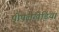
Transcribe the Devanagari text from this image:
पीपलखेडि़या